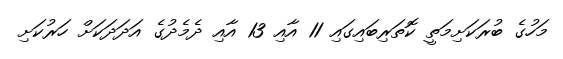
މަހުގެ ބުރަކަށިމަތީ ކޮތަރިބައިގައި 11 އާއި 13 އާއި ދެމެދުގެ އަދަދަކަށް ހަރުކަށި